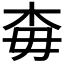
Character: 𣏭